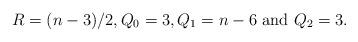
LaTeX: \begin{align*}R=(n-3)/2, Q_0=3, Q_1=n-6 \ {\rm and}\ Q_2=3.\end{align*}